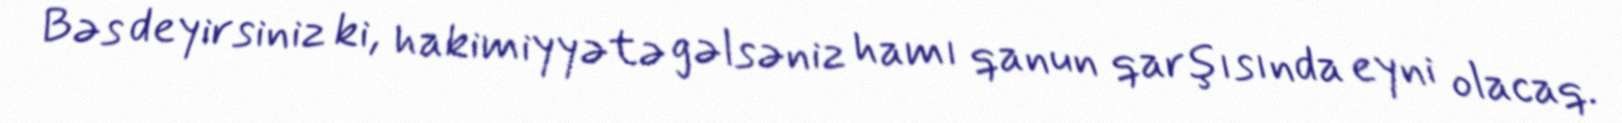
Bəs deyirsiniz ki, hakimiyyətə gəlsəniz hamı qanun qarşısında eyni olacaq.